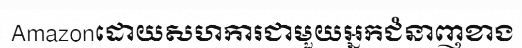
Amazonដោយសហការជាមួយអ្នកជំនាញខាង